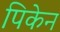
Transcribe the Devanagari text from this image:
पिकेन